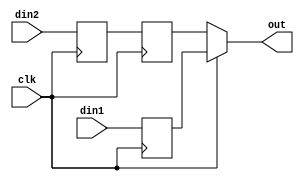
module oh_oddr #(parameter DW  = 1) // width of data inputs
   (
    input 	    clk, // clock input
    input [DW-1:0]  din1, // data input1
    input [DW-1:0]  din2, // data input2
    output [DW-1:0] out   // ddr output
    );
   
   //regs("sl"=stable low, "sh"=stable high)
   reg [DW-1:0]    q1_sl;   
   reg [DW-1:0]    q2_sl;
   reg [DW-1:0]    q2_sh;
      
   //Generate different logic based on parameters
   always @ (posedge clk)
     begin
	q1_sl[DW-1:0] <= din1[DW-1:0];
	q2_sl[DW-1:0] <= din2[DW-1:0];
     end
   
   always @ (negedge clk)
     q2_sh[DW-1:0] <= q2_sl[DW-1:0];
       
   assign out[DW-1:0] = clk ? q1_sl[DW-1:0] : 
	                      q2_sh[DW-1:0];
      
endmodule